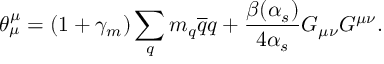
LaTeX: \theta _ { \mu } ^ { \mu } = ( 1 + \gamma _ { m } ) \sum _ { q } m _ { q } { \overline { { q } } } q + { \frac { \beta ( \alpha _ { s } ) } { 4 \alpha _ { s } } } G _ { \mu \nu } G ^ { \mu \nu } .